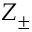
Z _ { \pm }